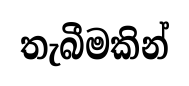
තැබීමකින්